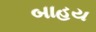
બાહય